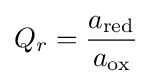
Q_{r}={\frac {a_{\text{red}}}{a_{\text{ox}}}}